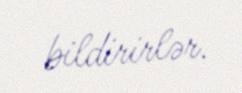
bildirirlər.